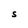
Character: S